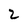
Character: 2